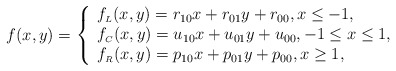
\begin{align*}f(x,y)=\left\{\begin{array}{ll}f_{\scriptscriptstyle L}(x,y)=r_{10}x+r_{01}y+r_{00}, x\leq -1, \\f_{\scriptscriptstyle C}(x,y)=u_{10}x+u_{01}y+u_{00}, -1\leq x\leq 1, \\f_{\scriptscriptstyle R}(x,y)=p_{10}x+p_{01}y+p_{00}, x \geq 1, \\\end{array}\right.\end{align*}